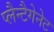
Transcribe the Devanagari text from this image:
प्लैन्टैगेनेट